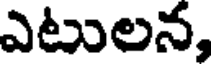
ఎటులన,